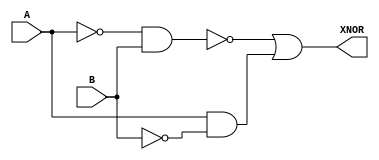
module xnor_gate(input [15:0] A,input [15:0] B, output [15:0] XNOR);
    assign XNOR=~(~(A)&B)|(A&~(B));
endmodule